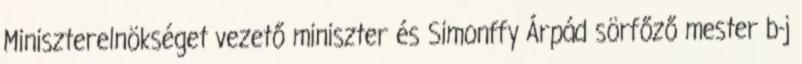
Miniszterelnökséget vezető miniszter és Simonffy Árpád sörfőző mester b-j